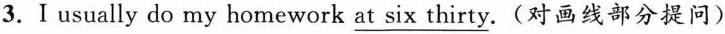
3.I usually do my homework \underline{a}\underline{t} \underline{s}\underline{i}\underline{x} \underline{t}\underline{h}\underline{i}\underline{r}\underline{t}\underline{y}.(对画线部分提问)